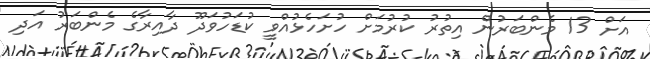
އަށް 13 މެންބަރުން އިތުރު ކުރުމަށް ހުށަހެޅުއްވީ ކުޑަހުވަދޫ ދާއިރާގެ މެންބަރު އަދި